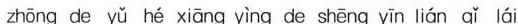
zhōng de yǔ hé xiāng yìng de shēng yīn lián qǐ lái